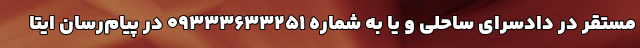
مستقر در دادسرای ساحلی و یا به شماره ۰۹۳۳۳۶۳۳۲۵۱ در پیام‌رسان‌ ایتا